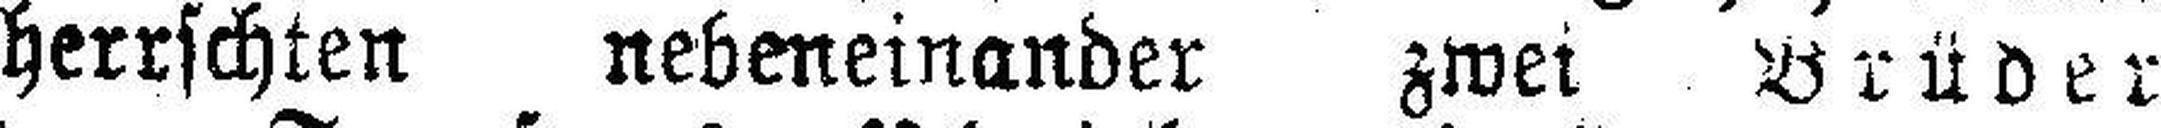
herrschten nebeneinander zwei Brüder